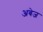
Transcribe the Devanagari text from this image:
अबेज